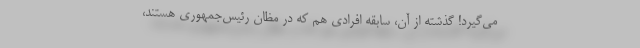
می‌گیرد! گذشته از آن، سابقه افرادی هم که در مظان رئیس‌جمهوری هستند،